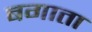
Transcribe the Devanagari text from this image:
बगाता